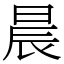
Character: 晨